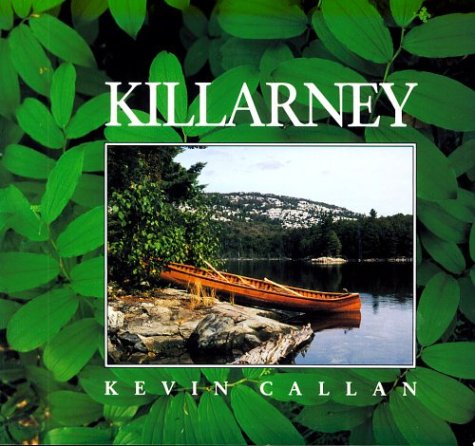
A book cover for Killarney; Kevin Callan; Travel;